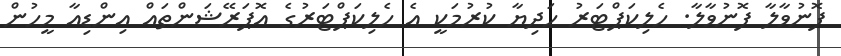
ފޮނުވާލާ ފޮނުވާލާ. ހެލިކަޕްޓަރު ހަދިޔާ ކުރުމަކީ އެ ހެލިކަޕްޓަރުގެ އޮޕަރޭޝަންތައް އިންޑިއާ މީހުން